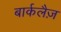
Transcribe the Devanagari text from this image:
बार्कलैज़